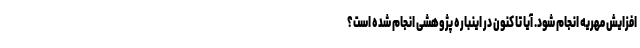
افزایش مهریه انجام شود. آیا تا کنون در اینباره پژوهشی انجام شده است؟